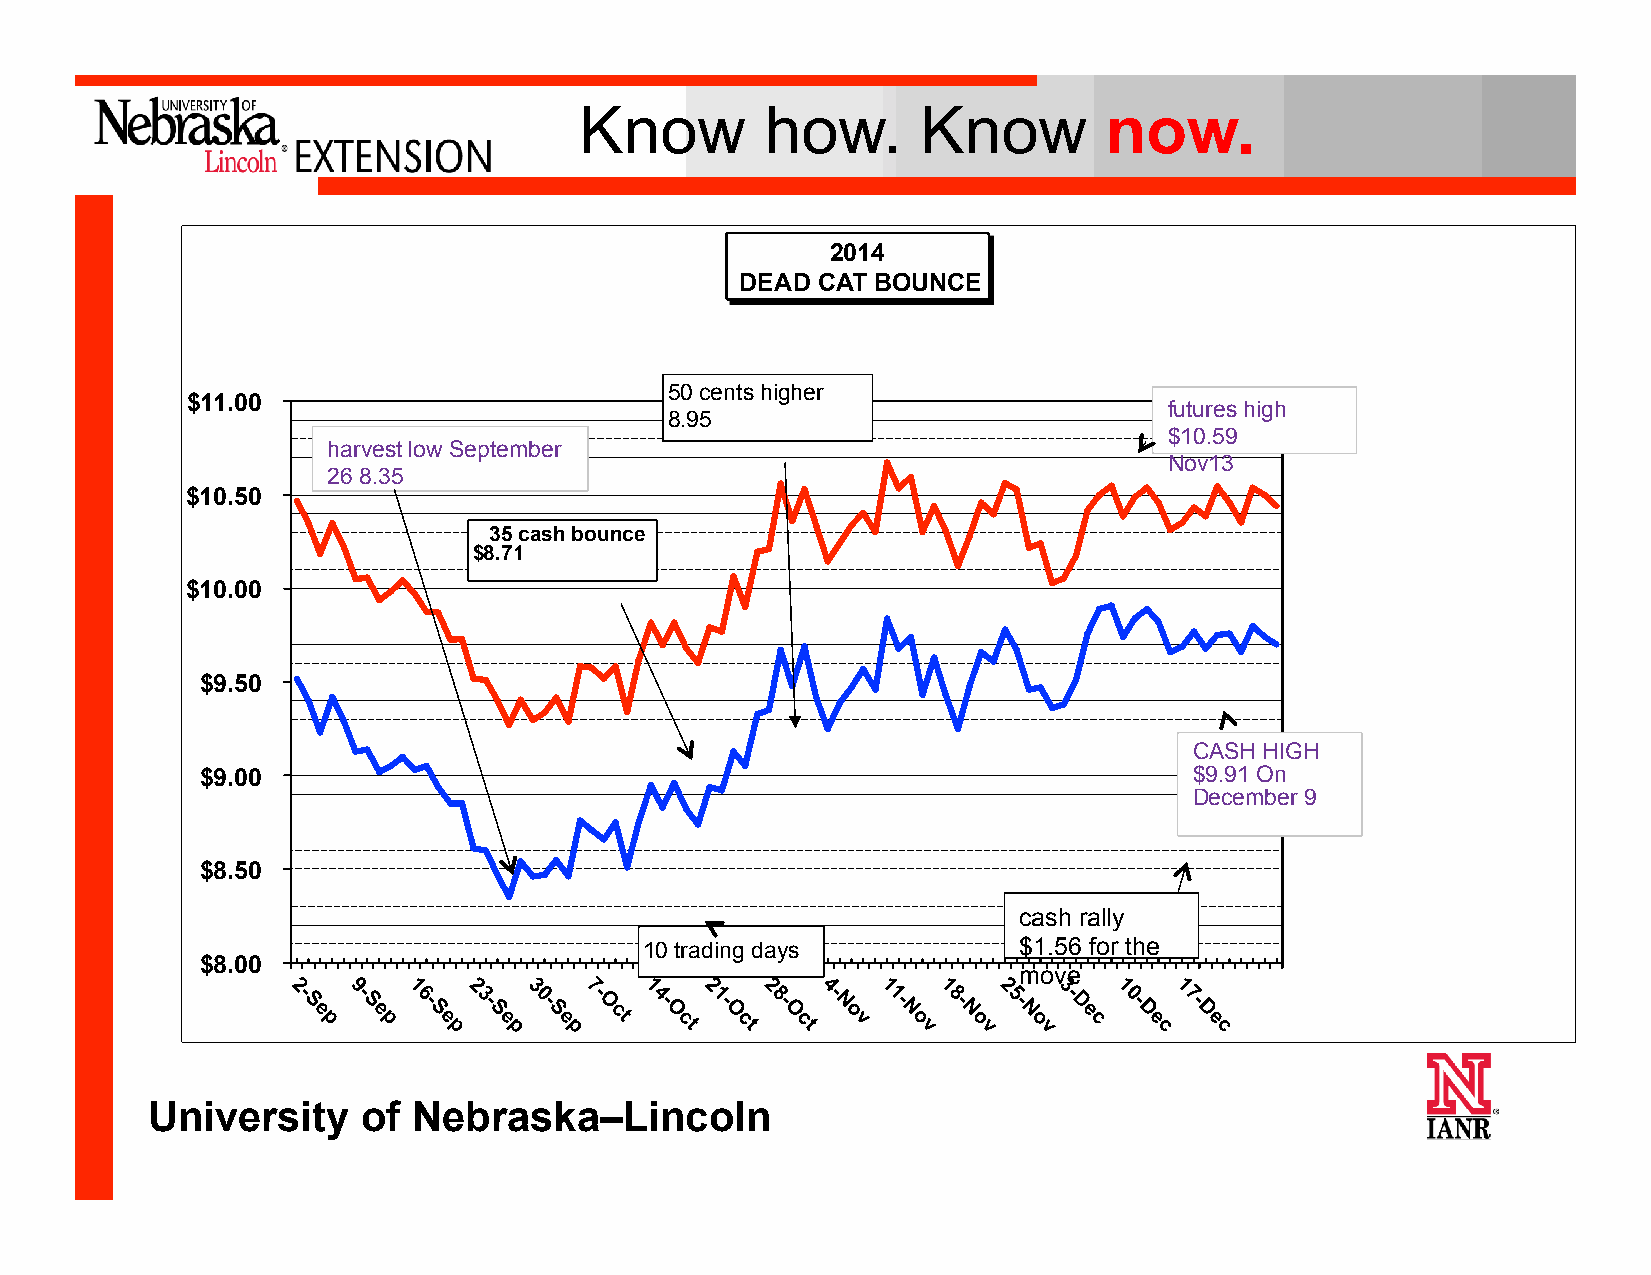
Know         how.      Know        now.
 2014
 DEAD CAT BOUNCE
 50 cents higher
 $11.00
 futures high
 8.95
 $10.59
 harvest low September
 Nov13
 26 8.35
 $10.50
 35 cash bounce
 $8.71
 $10.00
 $9.50
 CASH HIGH
 $9.00                                                             $9.91 On
 December 9
 $8.50
 cash rally
 10 trading days         $1.56 for the
 $8.00
 move
 University    of Nebraska–Lincoln